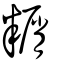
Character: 糏